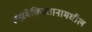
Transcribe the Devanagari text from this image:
उझबेकिस्तानामधील